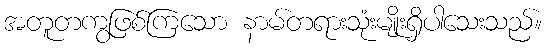
အတူတကွဖြစ်ကြသော နာမ်တရားသုံးမျိုးရှိပါသေးသည်။